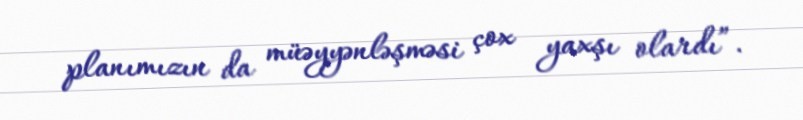
planımızın da müəyyənləşməsi çox yaxşı olardı”.